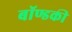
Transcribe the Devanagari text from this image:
बॉण्डकी